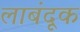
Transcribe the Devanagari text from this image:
लाबंदूक